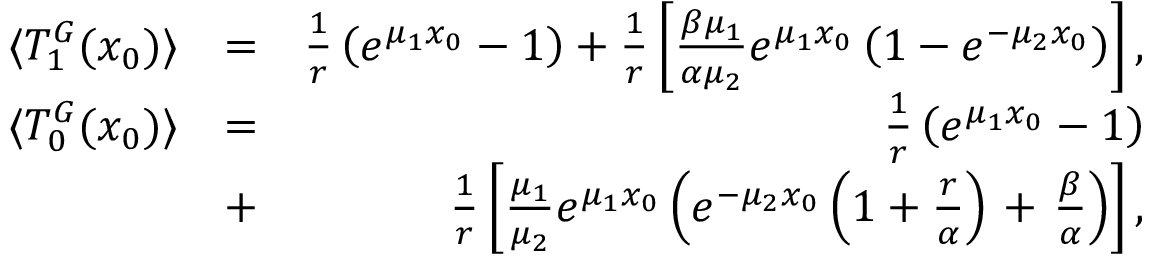
\begin{array} { r l r } { \langle T _ { 1 } ^ { G } ( x _ { 0 } ) \rangle } & { = } & { \frac { 1 } { r } \left( e ^ { \mu _ { 1 } x _ { 0 } } - 1 \right) + \frac { 1 } { r } \left[ \frac { \beta \mu _ { 1 } } { \alpha \mu _ { 2 } } e ^ { \mu _ { 1 } x _ { 0 } } \left( 1 - e ^ { - \mu _ { 2 } x _ { 0 } } \right) \right] , } \\ { \langle T _ { 0 } ^ { G } ( x _ { 0 } ) \rangle } & { = } & { \frac { 1 } { r } \left( e ^ { \mu _ { 1 } x _ { 0 } } - 1 \right) } \\ & { + } & { \frac { 1 } { r } \left[ \frac { \mu _ { 1 } } { \mu _ { 2 } } e ^ { \mu _ { 1 } x _ { 0 } } \left( e ^ { - \mu _ { 2 } x _ { 0 } } \left( 1 + \frac { r } { \alpha } \right) \right. + \left. \frac { \beta } { \alpha } \right) \right] , } \end{array}